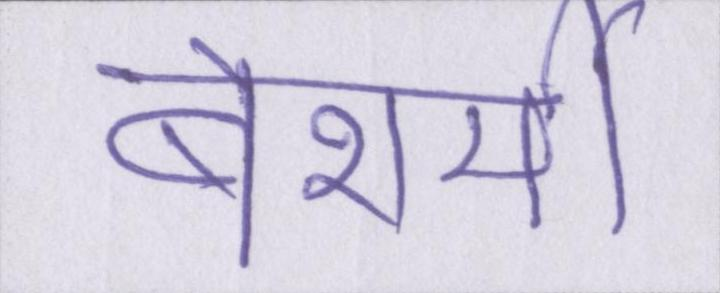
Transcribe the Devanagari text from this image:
बेशर्मी